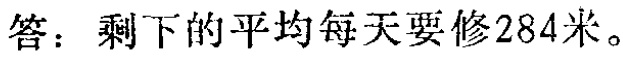
答：剩下的平均每天要修284米。